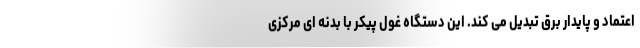
اعتماد و پایدار برق تبدیل می کند. این دستگاه غول پیکر با بدنه ای مرکزی